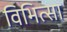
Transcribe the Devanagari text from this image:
विभित्सा